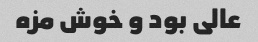
عالی بود و خوش مزه